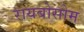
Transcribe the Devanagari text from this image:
रायबोसोम